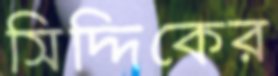
সিদ্দিকের